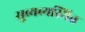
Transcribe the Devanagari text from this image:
सुव्यव्यस्थित